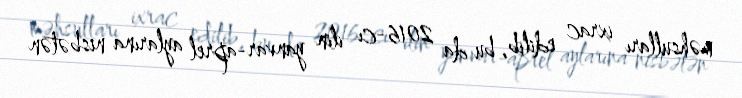
məhsulları ixrac edilib, bu da 2016-cı ilin yanvar-aprel aylarına nisbətən